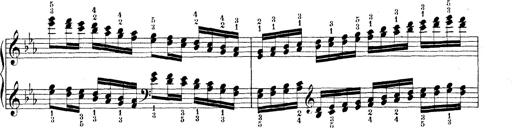
Title: Technische Studien
Composer: Franz Liszt